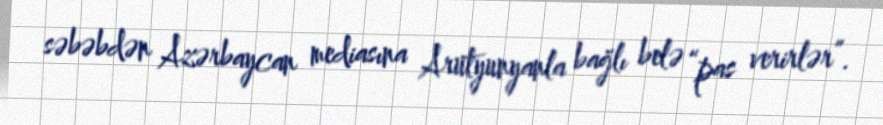
səbəbdən Azərbaycan mediasına Arutyunyanla bağlı belə “pas verirlər”.